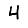
Digit: 4